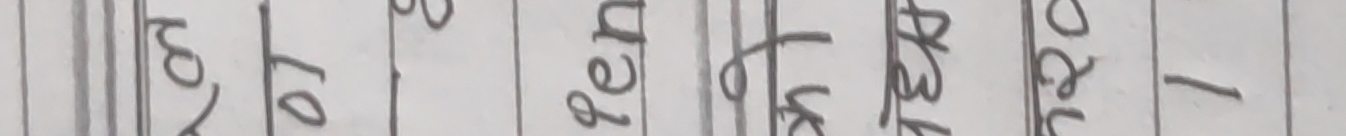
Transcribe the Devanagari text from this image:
र यो Pen लेउ आए - 1